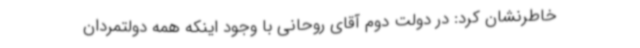
خاطرنشان کرد: در دولت دوم آقای روحانی با وجود اینکه همه دولتمردان